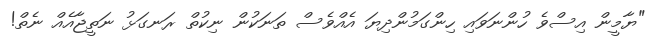
"ޔާމީން އިސްވެ ހުންނަވައި ހިންގަމުންދިޔަ އެއްވެސް ތަނަކުން ނިކުތް ރަނގަޅު ނަތީޖާއެއް ނެތް!